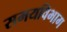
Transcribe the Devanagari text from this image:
समयविभाग